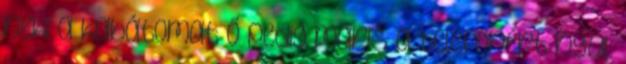
neki a kabátomat ő pedig máris a telefonért nyúl.